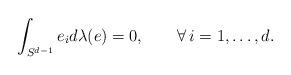
LaTeX: \begin{align*}\int_{S^{d-1}}e_id\lambda(e)=0,\qquad\forall\,i=1,\ldots,d.\end{align*}